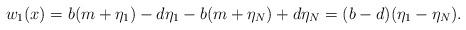
LaTeX: \begin{align*}w_1(x)=b(m+\eta_1)-d\eta_1-b(m+\eta_N)+d\eta_N=(b-d)(\eta_1-\eta_N).\end{align*}